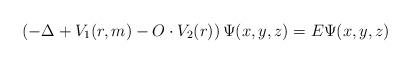
LaTeX: \begin{align*}\left( -\Delta +V_1(r,m)-O\cdot V_2(r)\right) \Psi (x,y,z)=E\Psi(x,y,z)\end{align*}